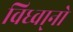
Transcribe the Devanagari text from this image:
विध्वा्नो